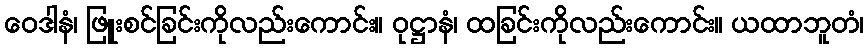
ဝေဒါနံ၊ ဖြူးစင်ခြင်းကိုလည်းကောင်း။ ဝုဋ္ဌာနံ၊ ထခြင်းကိုလည်းကောင်း။ ယထာဘူတံ၊